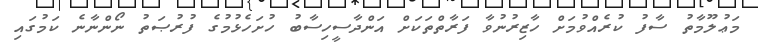
މަޢުލޫމާތު ސާފު ކުރެއްވުމަށް ހާޒިރުނުވާ ފަރާތްތަކަށް އަންދާސީހިސާބު ހުށަހެޅުމުގެ ފުރުޞަތު ނޯންނާނެ ކަމުގައި